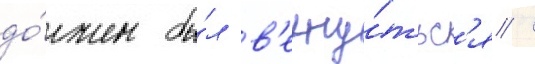
до́лжен бы́л в'ерну́тьс'я /